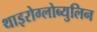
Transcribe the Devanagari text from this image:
थाइरोग्लोब्युलिन